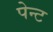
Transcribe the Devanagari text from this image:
पेन्‍ट